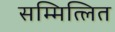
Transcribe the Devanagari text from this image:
सम्मित्लित